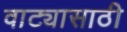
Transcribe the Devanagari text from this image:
वाट्यासाठी